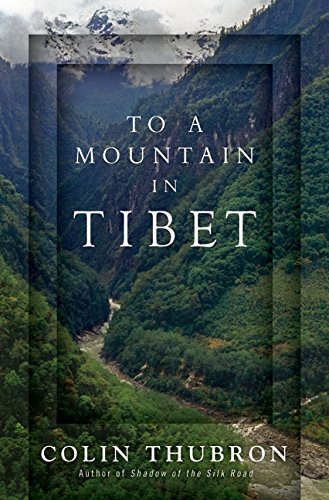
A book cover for To a Mountain in Tibet; Colin Thubron; Travel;